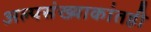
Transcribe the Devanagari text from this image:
अल्पसंख्याकांतही